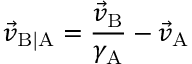
{ \vec { v } } _ { \mathrm { B | A } } = { \frac { { \vec { v } } _ { \mathrm { B } } } { \gamma _ { \mathrm { A } } } } - { \vec { v } } _ { \mathrm { A } }